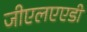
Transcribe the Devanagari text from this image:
जीएलएएडी